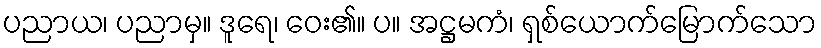
ပညာယ၊ ပညာမှ။ ဒူရေ၊ ဝေး၏။ ပ။ အဋ္ဌမကံ၊ ရှစ်ယောက်မြောက်သော